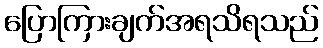
ပြောကြားချက်အရသိရသည်